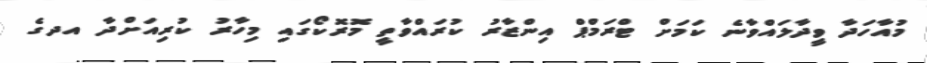
މުއާހަދާ ވީދާލައްވާނެ ކަމަށް ޓްރަމްޕް އިންޒާރު ކުރައްވާތީ މޮރޮކޯގައި މިހާރު ކުރިއަށްދާ އދގެ